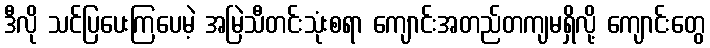
ဒီလို သင်ပြပေးကြပေမဲ့ အမြဲသီတင်းသုံးစရာ ကျောင်းအတည်တကျမရှိလို့ ကျောင်းတွေ